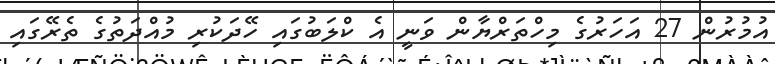
އުމުރުން 27 އަހަރުގެ މިހްތަރްޔާން ވަނީ އެ ކްލަބުގައި ހޭދަކުރި މުއްދަތުގެ ތެރޭގައި